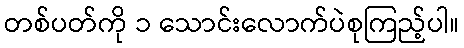
တစ်ပတ်ကို ၁ သောင်းလောက်ပဲစုကြည့်ပါ။